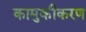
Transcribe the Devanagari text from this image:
कामुकीकरण